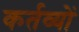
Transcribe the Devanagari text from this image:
कर्तव्‍यों